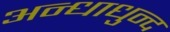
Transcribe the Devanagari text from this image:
अन्धाधुन्द